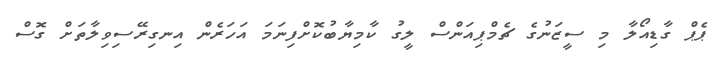
ޕެޕް ގާޑިއޯލާ މި ސީޒަނުގެ ޗެމްޕިއަންސް ލީގު ކާމިޔާބުކޮށްފިނަމަ އަހަރެން އިނގިރޭސިވިލާތަށް ގޮސް